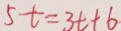
5 t = 3 t + 6